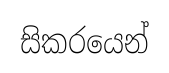
සිකරයෙන්